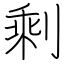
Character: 剩